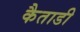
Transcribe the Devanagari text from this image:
कैताडी